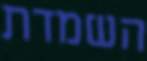
השמדת